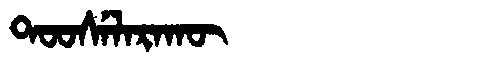
Manchu: ᡨᠣᠣᠰᡝᠯᠠᡵᠠᡴᡡ
Romanization: TOOSELARAKŪ